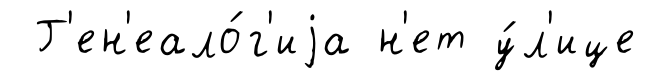
Г'ен'еало́г'иjа н'ет у́л'ице